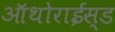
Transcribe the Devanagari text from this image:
ऑथोराईस्ड